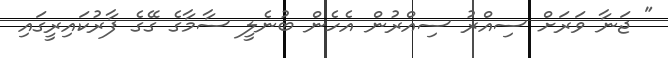
" ޖަނާ ވަރަށް ސިއްރު ސިއްރުން އެހެން ބުނެލީ ސާމާގެ ގޭގެ ފާރުކައިރީގައި